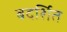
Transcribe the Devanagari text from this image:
बदर्शित